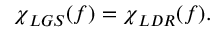
{ \chi \smash [ t ] { \mathstrut } } _ { L G S } ( f ) = { \chi \smash [ t ] { \mathstrut } } _ { L D R } ( f ) .